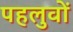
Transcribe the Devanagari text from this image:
पहलुवों